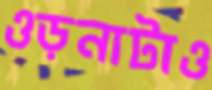
ওড়নাটাও